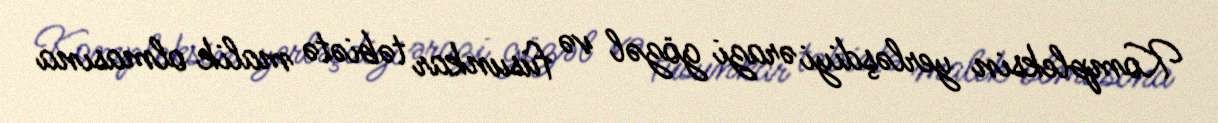
Kompleksin yerləşdiyi ərazi gözəl və füsunkar təbiətə malik olmasına